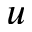
u